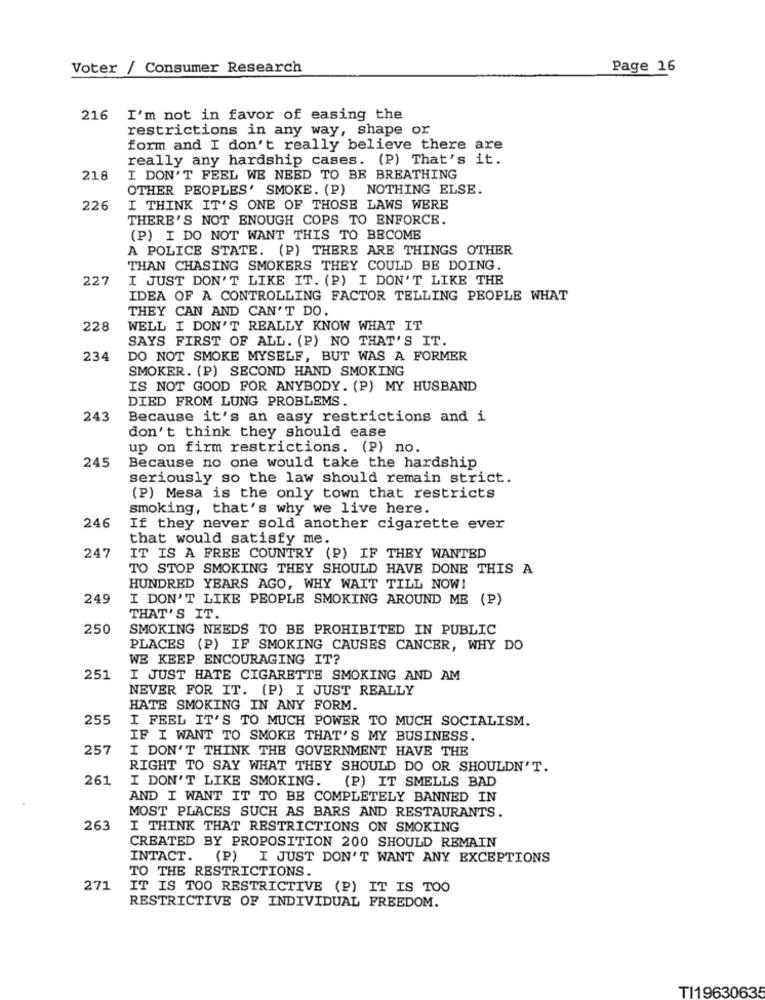
Voter / Consumer Research
Page 16
216
I'm not in favor of easing the
restrictions in any way, shape or
form and I don't really believe there are
really any hardship cases. (P) That's it.
218
I DON'T FEEL WE NEED TO BE BREATHING
OTHER PEOPLES' SMOKE. (P) NOTHING ELSE.
226
I THINK IT'S ONE OF THOSE LAWS WERE
THERE'S NOT ENOUGH COPS TO ENFORCE.
(P) I DO NOT WANT THIS TO BECOME
A POLICE STATE. (P) THERE ARE THINGS OTHER
THAN CHASING SMOKERS THEY COULD BE DOING.
227
I JUST DON'T LIKE IT. (P) I DON'T LIKE THE
IDEA OF A CONTROLLING FACTOR TELLING PEOPLE WHAT
THEY CAN AND CAN'T DO.
228
WELL I DON'T REALLY KNOW WHAT IT
SAYS FIRST OF ALL. (P) NO THAT'S IT.
234
DO NOT SMOKE MYSELF, BUT WAS A FORMER
SMOKER. (P) SECOND HAND SMOKING
IS NOT GOOD FOR ANYBODY. (P) MY HUSBAND
DIED FROM LUNG PROBLEMS.
243
Because it's an easy restrictions and i
don't think they should ease
up on firm restrictions. (P) no.
245
Because no one would take the hardship
seriously so the law should remain strict.
(P) Mesa is the only town that restricts
smoking, that's why we live here.
246
If they never sold another cigarette ever
that would satisfy me.
247
IT IS A FREE COUNTRY (P) IF THEY WANTED
TO STOP SMOKING THEY SHOULD HAVE DONE THIS A
HUNDRED YEARS AGO, WHY WAIT TILL NOW!
249
I DON'T LIKE PEOPLE SMOKING AROUND ME (P)
THAT'S IT.
250
SMOKING NEEDS TO BE PROHIBITED IN PUBLIC
PLACES (P) IF SMOKING CAUSES CANCER, WHY DO
WE KEEP ENCOURAGING IT?
251
I JUST HATE CIGARETTE SMOKING AND AM
NEVER FOR IT. (P) I JUST REALLY
HATE SMOKING IN ANY FORM.
255
I FEEL IT'S TO MUCH POWER TO MUCH SOCIALISM.
IF I WANT TO SMOKE THAT'S MY BUSINESS.
257
I DON'T THINK THE GOVERNMENT HAVE THE
RIGHT TO SAY WHAT THEY SHOULD DO OR SHOULDN'T.
261
I DON'T LIKE SMOKING. (P) IT SMELLS BAD
AND I WANT IT TO BE COMPLETELY BANNED IN
MOST PLACES SUCH AS BARS AND RESTAURANTS.
263
I THINK THAT RESTRICTIONS ON SMOKING
CREATED BY PROPOSITION 200 SHOULD REMAIN
INTACT. (P) I JUST DON'T WANT ANY EXCEPTIONS
TO THE RESTRICTIONS.
271
IT IS TOO RESTRICTIVE (P) IT IS TOO
RESTRICTIVE OF INDIVIDUAL FREEDOM.
TI19630635